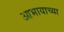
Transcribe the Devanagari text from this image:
आभायाच्या